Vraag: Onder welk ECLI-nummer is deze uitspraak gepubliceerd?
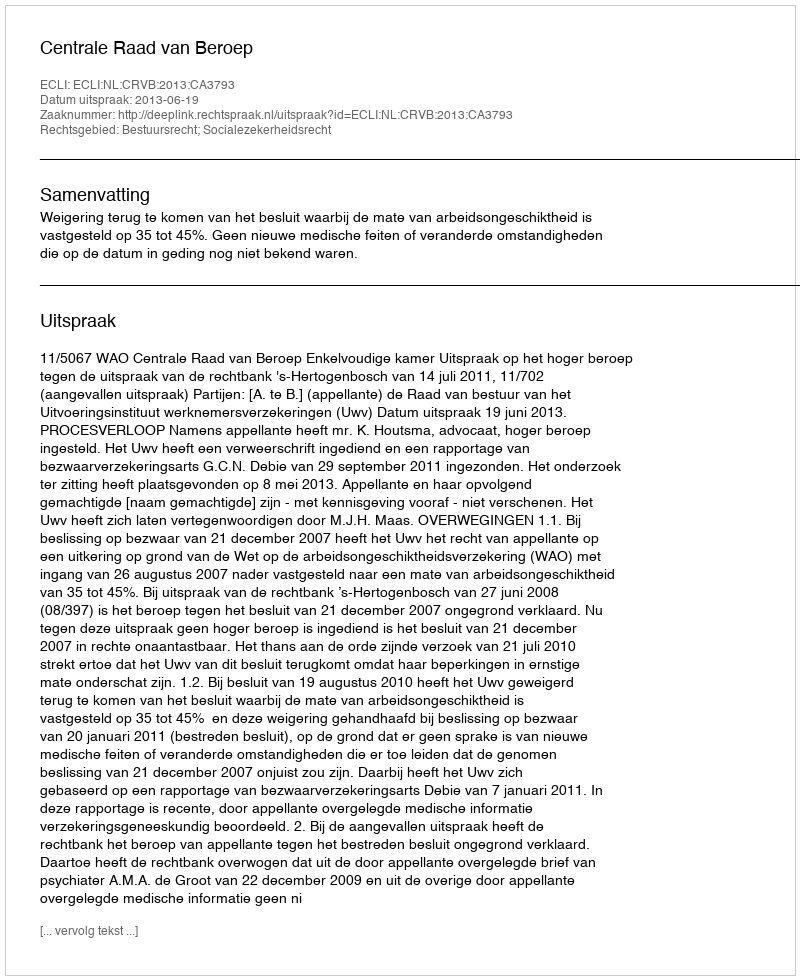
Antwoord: ECLI:NL:CRVB:2013:CA3793